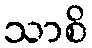
သာစိ